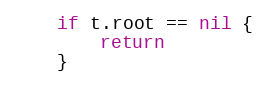
Language: Go
	if t.root == nil {
		return
	}